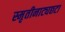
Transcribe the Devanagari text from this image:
स्मृतीनाट्यछटा